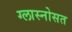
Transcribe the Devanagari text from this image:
ग्लास्नोसत